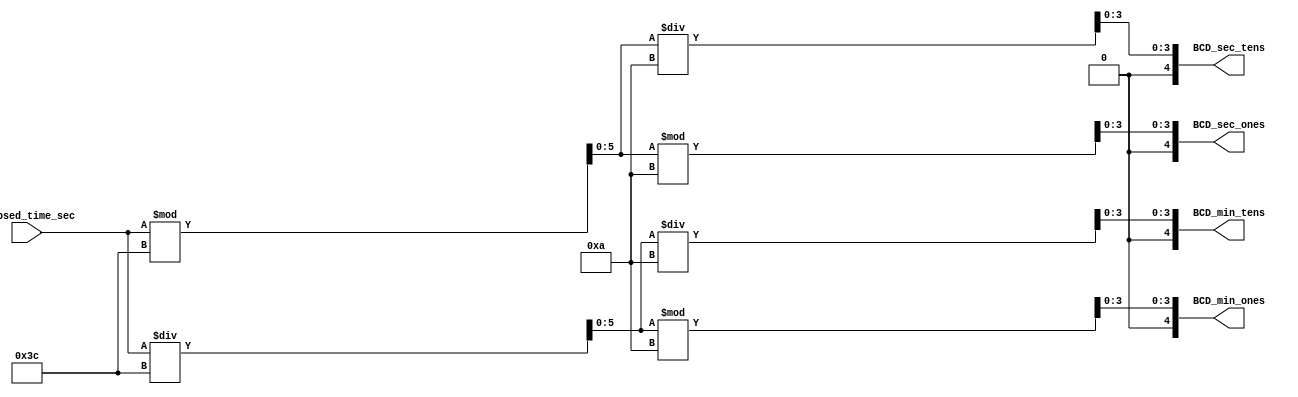
module secToBCD (
    input [31:0] elapsed_time_sec, // Elapsed time in seconds
    output reg [4:0] BCD_min_tens,
    output reg [4:0] BCD_min_ones,
    output reg [4:0] BCD_sec_tens,
    output reg [4:0] BCD_sec_ones
);

    reg [5:0] min;
    reg [5:0] sec;

    // seconds -> min, seconds -> remainder seconds
    always @(elapsed_time_sec) begin
        min = elapsed_time_sec / 60;
        sec = elapsed_time_sec % 60; //mod 60
    end

    // some BCD math for min plus leading zeroes since we use 5bit bCD
    always @(min) begin
        BCD_min_ones[3:0] = min % 10; // Units place
        BCD_min_ones[4] = 1'b0; // MSB set to 0 since we only care about 4 bits of BCD
        BCD_min_tens[3:0] = min / 10; // Tens place
        BCD_min_tens[4] = 1'b0;
    end

    // BCD for seconds
    always @(sec) begin
        BCD_sec_ones[3:0] = sec % 10;
        BCD_sec_ones[4] = 1'b0;
        BCD_sec_tens[3:0] = sec / 10;
        BCD_sec_tens[4] = 1'b0;
    end

endmodule